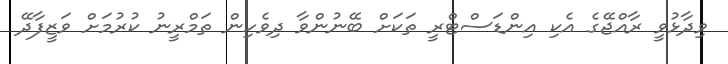
ވިދާޅުވީ ރާއްޖޭގެ އެކި އިންޑަސްޓްރީ ތަކަށް ބޭނުންވާ ދިވެހިން ތަމްރީނު ކުރުމަށް ވަޒީފާދޭ